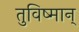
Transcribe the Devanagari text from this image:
तुविष्मान्